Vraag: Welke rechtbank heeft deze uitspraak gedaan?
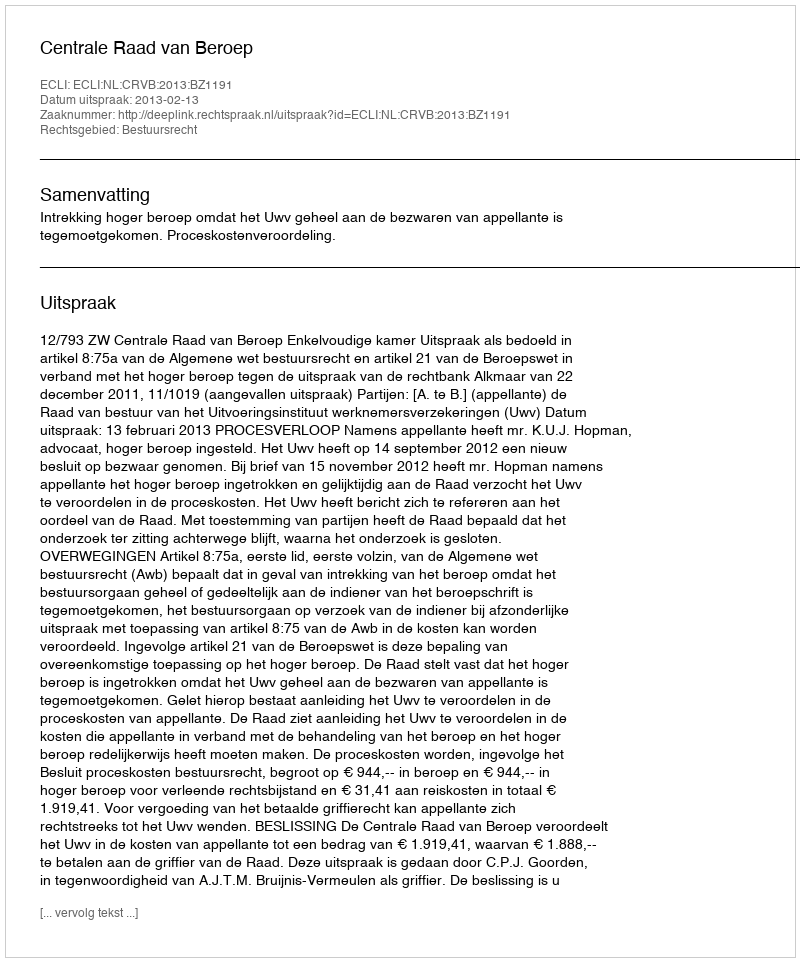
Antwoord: Centrale Raad van Beroep